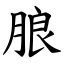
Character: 朖